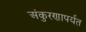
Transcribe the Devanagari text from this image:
अंकुरणापर्यंत